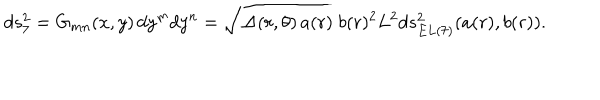
LaTeX: d s _ { 7 } ^ { 2 } = G _ { m n } ( x , y ) \, d y ^ { m } d y ^ { n } = \sqrt { \Delta ( r , \theta ) \, a ( r ) } \; b ( r ) ^ { 2 } L ^ { 2 } d s _ { E L ( 7 ) } ^ { 2 } ( a ( r ) , b ( r ) ) .